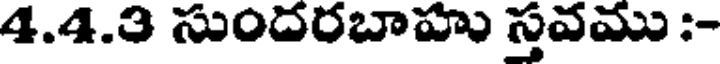
4.4.3 సుందరబాహు స్తవము :-